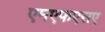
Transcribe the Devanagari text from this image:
एमएफएसए